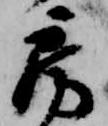
房